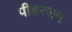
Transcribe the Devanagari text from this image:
पीहरसन